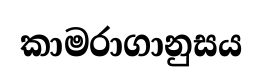
කාමරාගානුසය